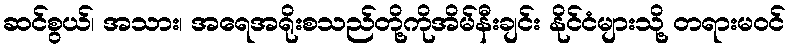
ဆင်စွယ်၊ အသား၊ အရေအရိုးစသည်တို့ကိုအိမ်နီးချင်း နိုင်ငံများသို့ တရားမဝင်